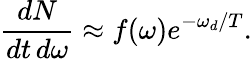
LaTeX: \frac{dN}{dt\, d\omega}\approx f(\omega)e^{-\omega_{d}/T}.